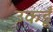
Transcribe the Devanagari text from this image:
उकडूँ